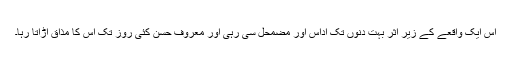
اس ایک واقعے کے زیرِ اثر بہت دِنوں تک اداس اور مضمحل سی رہی اور معروف حسن کئی روز تک اس کا مذاق اڑاتا رہا۔